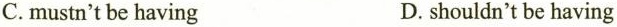
C. mustn't be having D. shouldn't be having